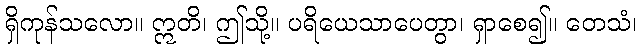
ရှိကုန်သလော။ ဣတိ၊ ဤသို့။ ပရိယေသာပေတွာ၊ ရှာစေ၍။ တေသံ၊